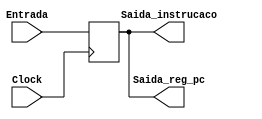
module PC(Entrada, Saida_instrucaco, Saida_reg_pc, Clock);
reg [7:0] PC_memo; // registrador 8 bits
input wire [7:0]Entrada; // sinal de entrada(8bits) que pode ser escrito no registrador de PC
input wire Clock; // o clock e sinal de controle(1bit) para ofuniconamento de PC
output reg [7:0]Saida_instrucaco;//saida do PC para a memoria
output reg [7:0]Saida_reg_pc; // saida do PC para o registrador $pc

initial begin
PC_memo = 8'b00000000;
Saida_reg_pc = 8'b00000000;
Saida_instrucaco = 8'b00000000;
end

always @(*) begin
Saida_instrucaco = PC_memo;
Saida_reg_pc = PC_memo;
end
always @(negedge Clock) begin
PC_memo = Entrada;
end

endmodule